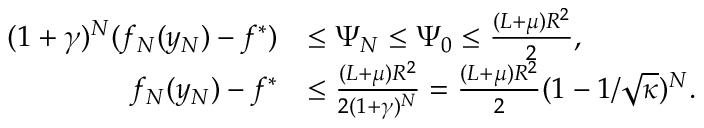
\begin{array} { r l } { ( 1 + \gamma ) ^ { N } ( f _ { N } ( y _ { N } ) - f ^ { * } ) } & { \leq \Psi _ { N } \leq \Psi _ { 0 } \leq \frac { ( L + \mu ) R ^ { 2 } } { 2 } , } \\ { f _ { N } ( y _ { N } ) - f ^ { * } } & { \leq \frac { ( L + \mu ) R ^ { 2 } } { 2 ( 1 + \gamma ) ^ { N } } = \frac { ( L + \mu ) R ^ { 2 } } { 2 } ( 1 - 1 / \sqrt \kappa ) ^ { N } . } \end{array}